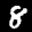
Label: 8